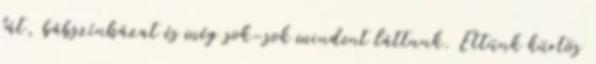
fát, bábszínházat és még sok-sok mindent láttunk. Ettünk kürtös